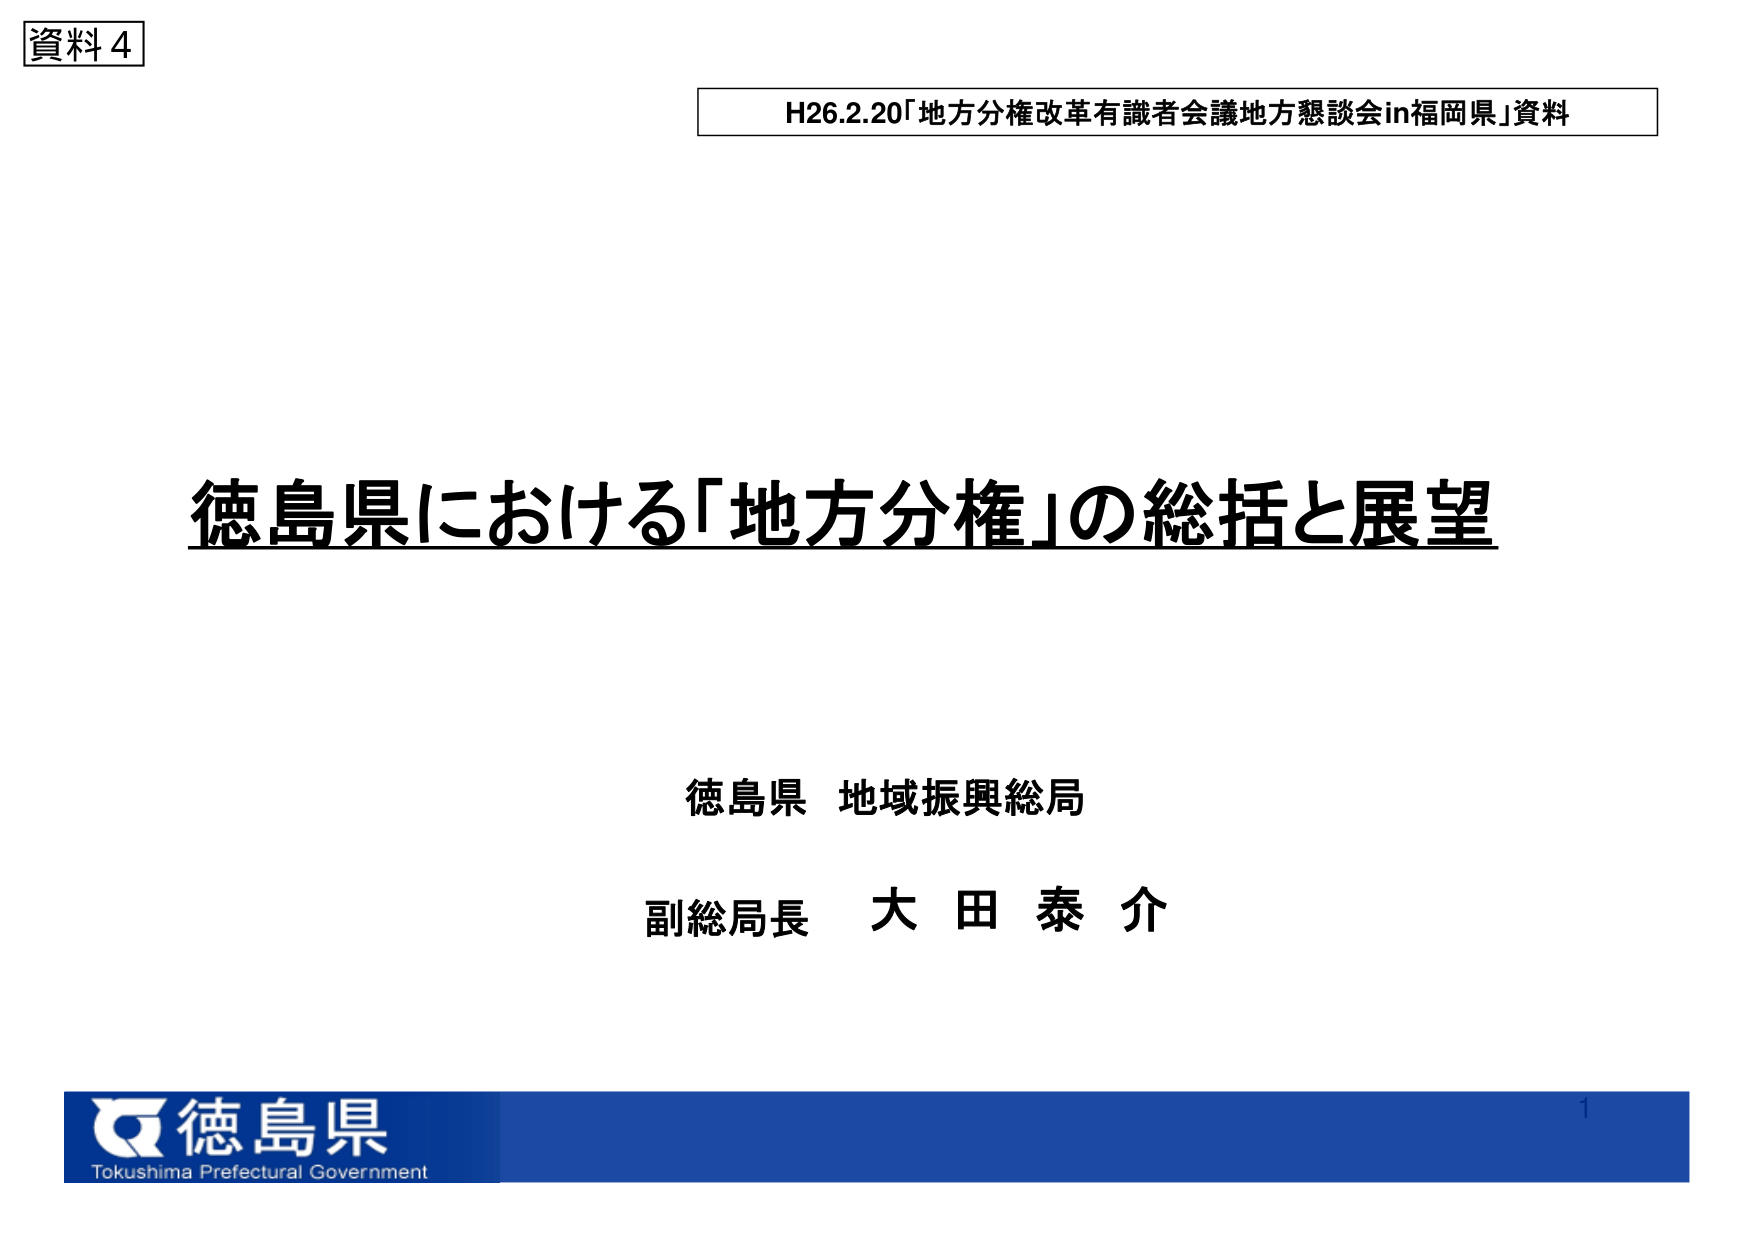
資料4

H26.2.20「地方分権改革有識者会議地方懇談会in福岡県」資料

徳島県における「地方分権」の総括と展望

徳島県 地域振興総局
副総局長 大田泰介

徳島県
Tokushima Prefectural Government

1